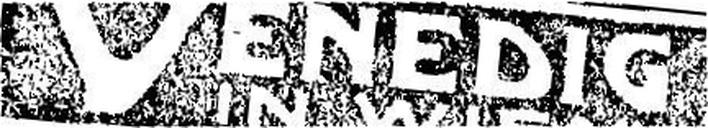
"VENEDIG